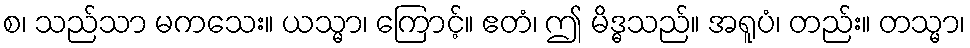
စ၊ သည်သာ မကသေး။ ယသ္မာ၊ ကြောင့်။ ဧတံ၊ ဤ မိဒ္ဓသည်။ အရူပံ၊ တည်း။ တသ္မာ၊